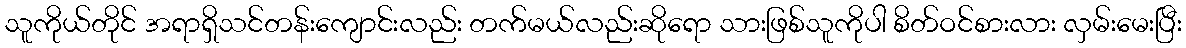
သူကိုယ်တိုင် အရာရှိသင်တန်းကျောင်းလည်း တက်မယ်လည်းဆိုရော သားဖြစ်သူကိုပါ စိတ်ဝင်စားလား လှမ်းမေးပြီး